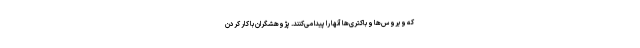
که ویروس‌ها و باکتری‌ها آنها را پیدا می‌کنند. پژوهشگران با کار کردن